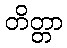
တိတ္တာ